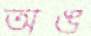
অঙ